Report on horse surra - Volume II, Part I
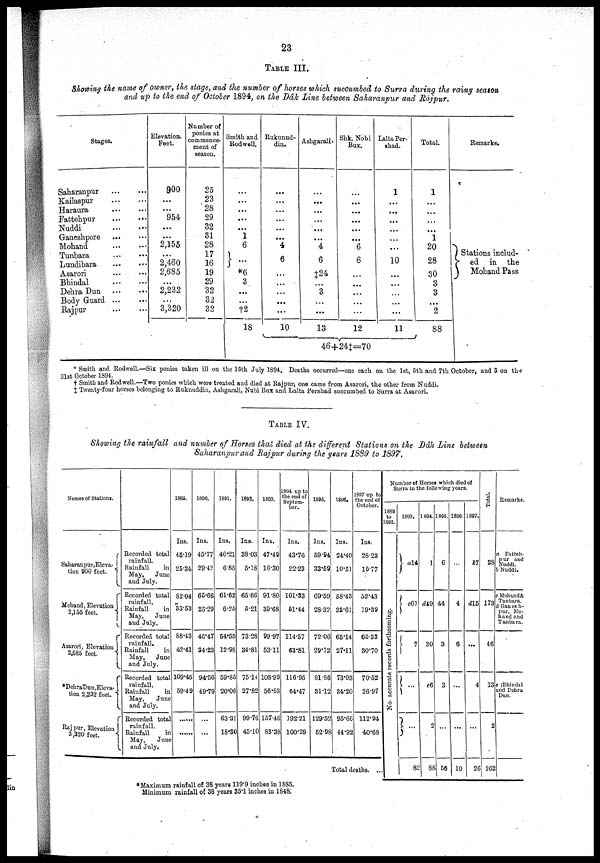
23
TABLE III.
Showing the name of owner, the stage, and the number of horses which succumbed to Surra during the rainy season
and up to the end of October 1894, on the Dâk Line between Saharanpwr and Rájpur.
Stages.
Saharanpur
Kailaspur .....
Haraura ......
Fattehpur
Nuddi
Ganeshpore
Mohand
Tunbara
Lundibara
Asarori Bhindal
Dehra Dun
Body Guard
Rajpur
Elevation.
Feet.
900
...
...
954
...
...
2,155
....
2,460
2,685
...
2,232
...
3,320
Number of
ponies at
commence-
ment of
season.
25
23
28
29
32
31
28
17
16
19
29
32
32
32
Smith and
Rod well.
...
...
...
...
...
1
6
}...
*6
3
...
...
†2
18
Rukunud¬
din.
...
...
...
...
...
...
4
6
...
...
...
...
10
Ashgarali.
...
...
...
...
...
...
4
6
‡24
...
3
...
13
Shk, Nobi
Bux.
...
...
...
...
...
...
6
6
...
...
...
...
12
46+24‡=70
Lalta Per¬
shad.
1
...
...
...
...
...
...
10
...
...
...
11
Total.
1
...
...
...
...
1
20
28
30
3
3
...
2
88
Remarks.
Stations includ¬
} ed in the
Mohand Pass
* Smith and Rodwell.—Six ponies taken ill on the 15th July 1894. Deaths occurred—one each on the 1st, 5th and 7th October, and 3 on the
31st October 1894.
† Smith and Rodwell.—Two ponies which were treated and died at Rajpur, one came from Asarori, the other from Nuddi.
‡ Twenty-four horses belonging to Ruknuddin, Ashgarali, Nubi Bux and Lalta Pershad succumbed to Surra at Asarori.
TABLE IV.
Showing the rainfall and number of Horses that died at the different Stations on the Dâk Line between
Saharanpur and Rajpur during the years 1889 to 1897.
Names of Stations.
Saharanpur,Eleva¬ {
tion 900 feet.
Mohand, Elevation
2,155 feet.
{
Asarori, Elevation
2,685 feet.
{
*DehraDun,Eleva¬{
tion 2,232 feet.
Rajpur, Elevation {
3,320 feet.
Recorded total
rainfall.
Rainfall
in
May,
June
and July.
Recorded total
rainfall.
Rainfall
in
May,
June
and July.
Recorded total
rainfall.
Rainfall
in
May,
June
and July.
Recorded total
rainfall.
Rainfall
in
May,
June
and July.
Recorded total
rainfall.
Rainfall
in
May,
June
and July.
1889.
Ins.
45.19
25.34
82.04
33.53
88.43
42.41
109.45
59.49
1890.
Ins.
45.77
29.42
65.66
25.29
46.47
24.23
94.56
49.79
...
1891.
Ins,
46.21
6.85
61.62
6.25
54.55
12.98
59.85
20.06
63.31
18.30
1892.
Ins.
38.03
5.18
65.66
5.21
73.28
34.81
75.14
27.82
99.76
45.10
1893.
Ins.
47.49
16.30
91.80
39.68
99 97
53.11
108.99
56.53
157.46
83.38
1894 up to
the end of
Septem-
ber.
Ins.
43.76
22.23
101.33
51.44
114.57
63.81
116.95
64.47
192.21
100.29
1895.
Ins.
59.94
33.59
69.59
28.32
72.06
29.12
81.86
31.12
129.32
52.98
1896.
Ins.
24.40
10.51
58.43
22.61
65.14
27.11
73.93
34.20
95.66
44.92
1897 up to
the end of
October.
Ins.
28.23
15.77
52.43
19.39
65.33
30.70
70.52
26.97
112.94
40.68
Number of Horses which died of
Surra in the following years.
1889
to
1892.
No. accurate records forthcoming.
Total deaths. ...
1893.
} a14
} c61
..
82
1894.
1
d49
30
e6
2
88
1896.
6
44
3
3
56
1896.
4
6
...
...
10
1897.
b7
d15
...
4
...
26
Total.
28
173
46
13
2
262
Remarks.
a Fatten¬
pur and
Nuddi.
& Nuddi.
c Mohand&
Tanbara.
d Ganesh¬
pur, Mo¬
hand and
Tanbara.
e Bhindsl
and Dehra
Dun.
*Maximum rainfall of 38 years 119.9 inches in 1885.
Minimum rainfall of 38 years 35.1 inches in 1848.